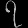
Digit: ၇